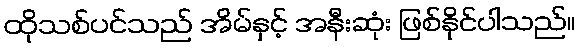
ထိုသစ်ပင်သည် အိမ်နှင့် အနီးဆုံး ဖြစ်နိုင်ပါသည်။